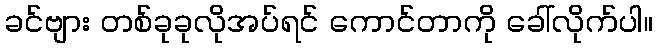
ခင်ဗျား တစ်ခုခုလိုအပ်ရင် ကောင်တာကို ခေါ်လိုက်ပါ။